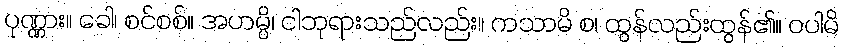
ပုဏ္ဏား။ ခေါ၊ စင်စစ်။ အဟမ္ပိ၊ ငါဘုရားသည်လည်း။ ကသာမိ စ၊ ထွန်လည်းထွန်၏။ ဝပါမိ